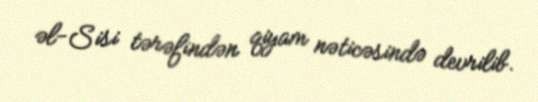
əl-Sisi tərəfindən qiyam nəticəsində devrilib.